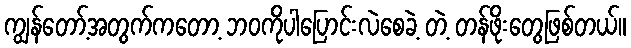
ကျွန်တော့်အတွက်ကတော့ ဘဝကိုပါပြောင်းလဲစေခဲ့ တဲ့ တန်ဖိုးတွေဖြစ်တယ်။